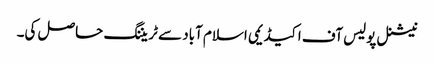
نیشنل پولیس آف اکیڈیمی اسلام آباد سے ٹریننگ حاصل کی۔